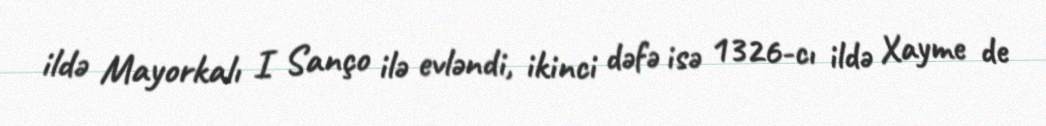
ildə Mayorkalı I Sanço ilə evləndi, ikinci dəfə isə 1326-cı ildə Xayme de